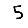
Digit: 5